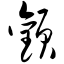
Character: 颧